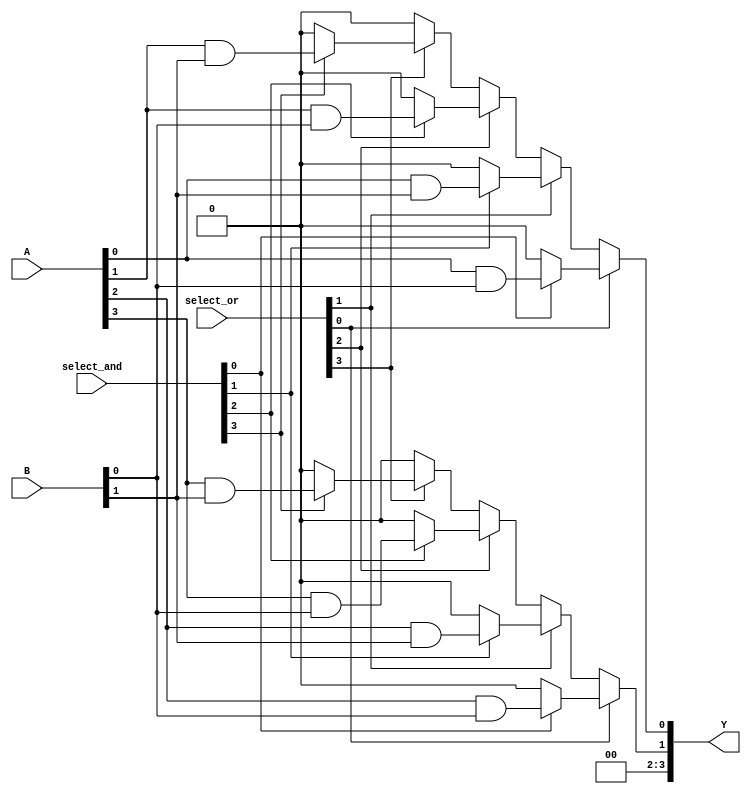
module PLA (
    input wire [3:0] A,        // 4 input lines
    input wire [3:0] B,        // 4 input lines (can be used for complements)
    input wire [3:0] select_and, // Select lines for AND array
    input wire [3:0] select_or,  // Select lines for OR array
    output wire [3:0] Y         // 4 output lines
);

// Programmable AND array
wire [7:0] and_out; // Assuming 8 product terms (2^3 combinations of 3 inputs)

// Generate product terms based on select_and
assign and_out[0] = (select_and[0]) ? (A[0] & B[0]) : 0;
assign and_out[1] = (select_and[1]) ? (A[0] & B[1]) : 0;
assign and_out[2] = (select_and[2]) ? (A[1] & B[0]) : 0;
assign and_out[3] = (select_and[3]) ? (A[1] & B[1]) : 0;
assign and_out[4] = (select_and[0]) ? (A[2] & B[0]) : 0;
assign and_out[5] = (select_and[1]) ? (A[2] & B[1]) : 0;
assign and_out[6] = (select_and[2]) ? (A[3] & B[0]) : 0;
assign and_out[7] = (select_and[3]) ? (A[3] & B[1]) : 0;

// Programmable OR array
assign Y[0] = (select_or[0]) ? and_out[0] : 0 |
              (select_or[1]) ? and_out[1] : 0 |
              (select_or[2]) ? and_out[2] : 0 |
              (select_or[3]) ? and_out[3] : 0;

assign Y[1] = (select_or[0]) ? and_out[4] : 0 |
              (select_or[1]) ? and_out[5] : 0 |
              (select_or[2]) ? and_out[6] : 0 |
              (select_or[3]) ? and_out[7] : 0;

// Additional outputs can be defined similarly
assign Y[2] = 0; // Placeholder for additional logic
assign Y[3] = 0; // Placeholder for additional logic

endmodule